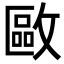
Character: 𢿛